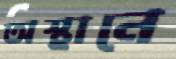
অস্থানে